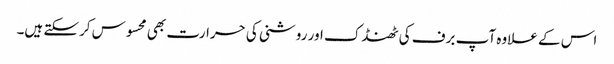
اس کے علاوہ آپ برف کی ٹھنڈک اور روشنی کی حرارت بھی محسوس کرسکتے ہیں۔